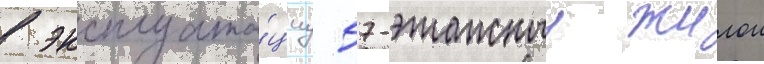
в эксплуата́циу 57-этажныи жилои